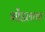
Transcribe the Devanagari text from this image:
भोंडलाचा